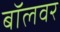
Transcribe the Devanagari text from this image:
बॉलवर